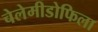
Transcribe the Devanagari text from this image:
चेलेमीडोफिला